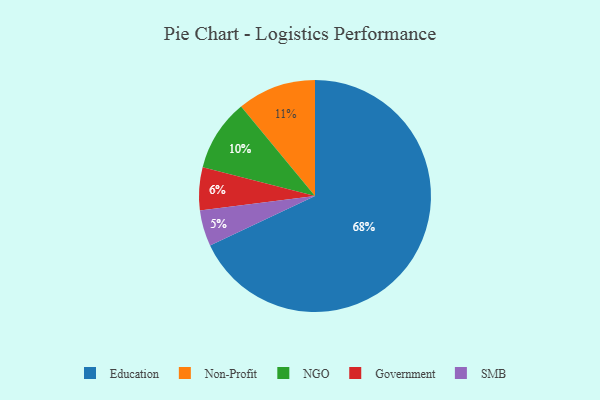
{"axis": {"x": "Category", "y": "Percentage"}, "legend": ["Education", "Government", "NGO", "Non-Profit", "SMB"], "data": [{"x": "SMB", "y": 5, "type": "SMB"}, {"x": "Non-Profit", "y": 11, "type": "Non-Profit"}, {"x": "Government", "y": 6, "type": "Government"}, {"x": "Education", "y": 68, "type": "Education"}, {"x": "NGO", "y": 10, "type": "NGO"}]}